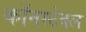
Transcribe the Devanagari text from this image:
कॉनस्टेबल